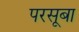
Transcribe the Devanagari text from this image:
परसूबा